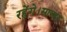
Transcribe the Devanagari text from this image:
रहेंगे।साभार